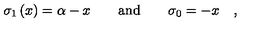
\sigma _ { 1 } \left( x \right) = \alpha - x \qquad \mathrm { a n d \qquad } \sigma _ { 0 } = - x \quad ,